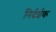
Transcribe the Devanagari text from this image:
निर्दर्शक